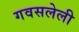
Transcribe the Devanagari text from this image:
गवसलेली